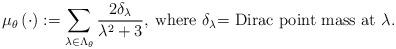
LaTeX: \begin{align*}\mu_{\theta}\left(\cdot\right):=\sum_{\lambda\in\Lambda_{\theta}}\frac{2\delta_{\lambda}}{\lambda^{2}+3},\:\mbox{where }\mbox{\ensuremath{\delta_{\lambda}}= Dirac point mass at \ensuremath{\lambda}.}\end{align*}